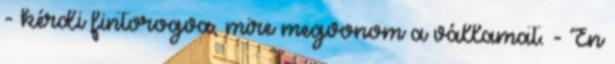
- kérdi fintorogva, mire megvonom a vállamat. - Én